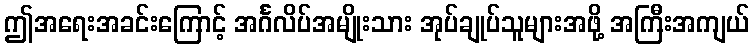
ဤအရေးအခင်းကြောင့် အင်္ဂလိပ်အမျိုးသား အုပ်ချုပ်သူများအဖို့ အကြီးအကျယ်